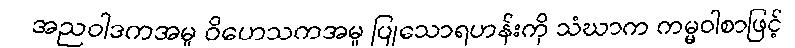
အညဝါဒကအမှု ဝိဟေသကအမှု ပြုသောရဟန်းကို သံဃာက ကမ္မဝါစာဖြင့်